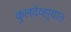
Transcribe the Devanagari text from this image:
कुलदेव्हार्‍यात